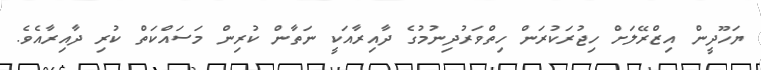
ޔަހޫދީން އިޒްރޭލަށް ހިޖުރަކުރަން ހިތްވަރުދިނުމުގެ ދާއިރާއަކީ ނަތާން ކުރިން މަސައްކަތް ކުރި ދާއިރާއެވެ.